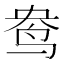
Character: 鸯